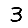
Digit: 3